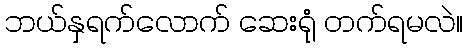
ဘယ်နှရက်လောက် ဆေးရုံ တက်ရမလဲ။